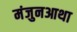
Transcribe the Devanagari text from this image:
मंजुनआथा